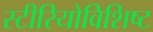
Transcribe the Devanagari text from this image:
स्टीरियोविशिष्ट